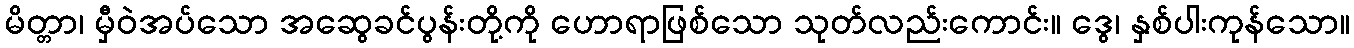
မိတ္တာ၊ မှီဝဲအပ်သော အဆွေခင်ပွန်းတို့ကို ဟောရာဖြစ်သော သုတ်လည်းကောင်း။ ဒွေ၊ နှစ်ပါးကုန်သော။